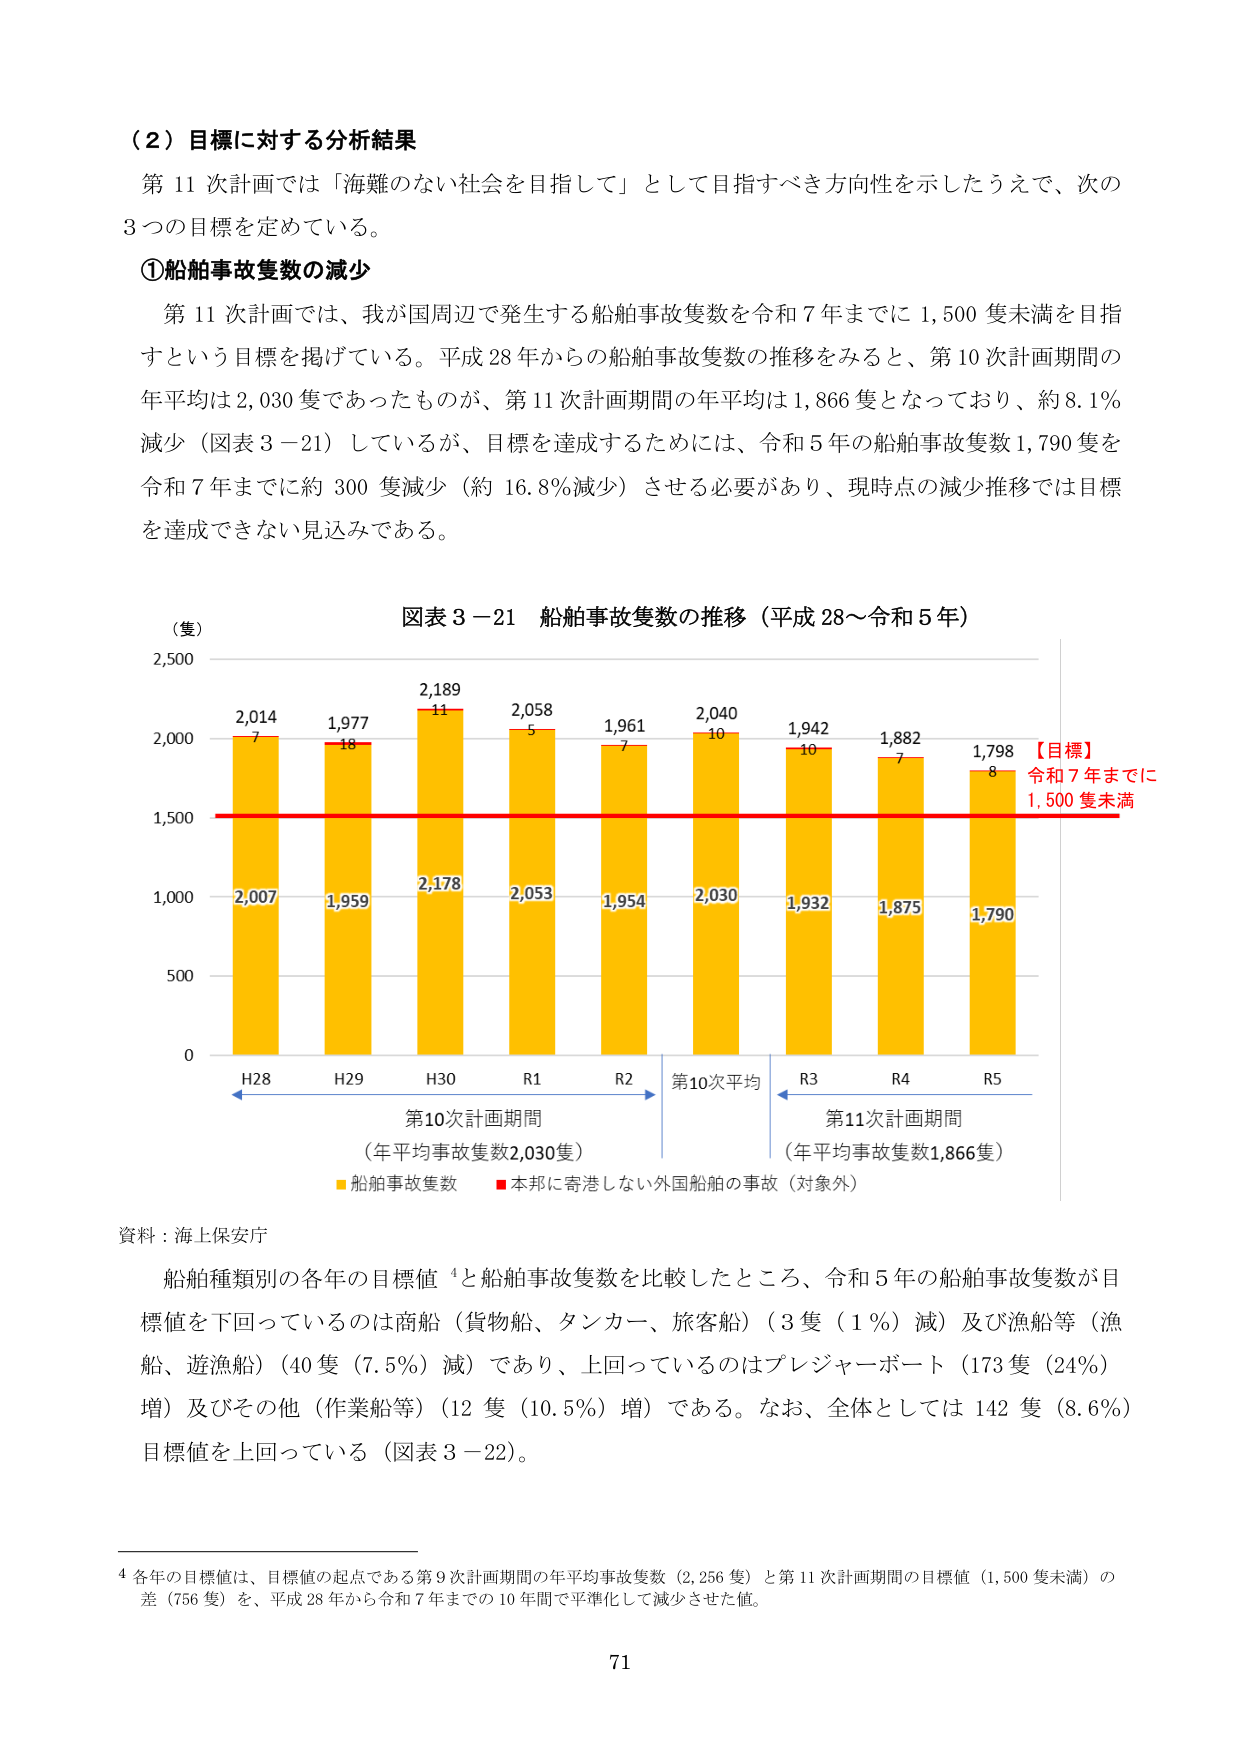
（２）目標に対する分析結果
第11次計画では「海難のない社会を目指して」として目指すべき方向性を示したうえで、次の3つの目標を定めている。

①船舶事故隻数の減少
第11次計画では、我が国周辺で発生する船舶事故隻数を令和7年までに1,500隻未満を目指すという目標を掲げている。平成28年からの船舶事故隻数の推移をみると、第10次計画期間の年平均は2,030隻であったものが、第11次計画期間の年平均は1,866隻となっており、約8.1％減少（図表3－21）しているが、目標を達成するためには、令和5年の船舶事故隻数1,790隻を令和7年までに約300隻減少（約16.8％減少）させる必要があり、現時点の減少推移では目標を達成できない見込みである。

図表3－21 船舶事故隻数の推移（平成28～令和5年）
（隻）
2,500
2,000
1,500
1,000
500
0
H28 2,014 7 2,007
H29 1,977 18 1,959
H30 2,189 11 2,178
R1 2,058 5 2,053
R2 1,961 7 1,954
R3 2,040 10 2,030
R4 1,942 10 1,932
R5 1,882 7 1,875
1,798 8 1,790
【目標】
令和7年までに
1,500隻未満
第10次計画期間
（年平均事故隻数2,030隻）
第11次計画期間
（年平均事故隻数1,866隻）
■船舶事故隻数 ■本邦に寄港しない外国船舶の事故（対象外）
資料：海上保安庁

船舶種類別の各年の目標値⁴と船舶事故隻数を比較したところ、令和5年の船舶事故隻数が目標値を下回っているのは商船（貨物船、タンカー、旅客船）（3隻（1％）減）及び漁船等（漁船、遊漁船）（40隻（7.5％）減）であり、上回っているのはプレジャーボート（173隻（24％）増）及びその他（作業船等）（12隻（10.5％）増）である。なお、全体としては142隻（8.6％）目標値を上回っている（図表3－22）。

⁴ 各年の目標値は、目標値の起点である第9次計画期間の年平均事故隻数（2,256隻）と第11次計画期間の目標値（1,500隻未満）の差（756隻）を、平成28年から令和7年までの10年間で平準化して減少させた値。

71